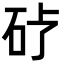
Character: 𪿒